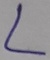
Text: L